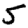
Digit: 5